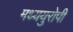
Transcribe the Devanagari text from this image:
मध्ययुरोपी